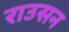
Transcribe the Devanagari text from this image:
राउसन